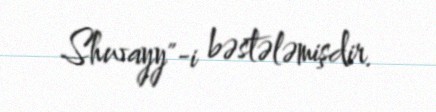
Shwayy"-i bəstələmişdir.